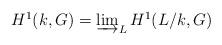
LaTeX: \begin{align*}\textstyle{H^1(k, G) = \varinjlim_{L} H^1(L/k, G)}\end{align*}